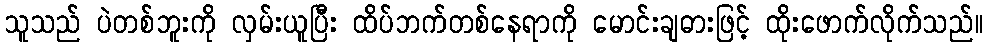
သူသည် ပဲတစ်ဘူးကို လှမ်းယူပြီး ထိပ်ဘက်တစ်နေရာကို မောင်းချဓားဖြင့် ထိုးဖောက်လိုက်သည်။